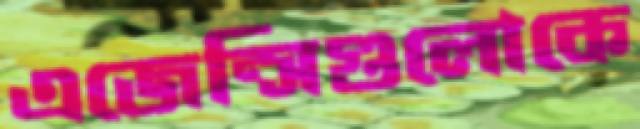
এজেন্সিগুলোকে